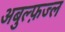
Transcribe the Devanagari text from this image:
अबुल्फ़ज्ल